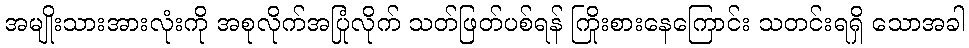
အမျိုးသားအားလုံးကို အစုလိုက်အပြုံလိုက် သတ်ဖြတ်ပစ်ရန် ကြိုးစားနေကြောင်း သတင်းရရှိ သောအခါ